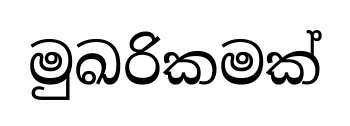
මුඛරිකමක්